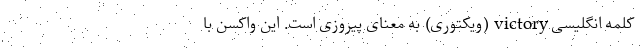
کلمه انگلیسی victory (ویکتوری) به معنای پیروزی است. این واکسن با